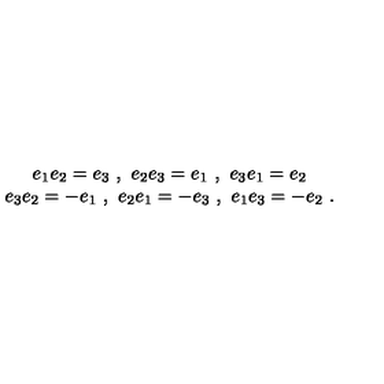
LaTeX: \begin{array} { c } { e _ { 1 } e _ { 2 } = e _ { 3 } \ , \ e _ { 2 } e _ { 3 } = e _ { 1 } \ , \ e _ { 3 } e _ { 1 } = e _ { 2 } } \\ { e _ { 3 } e _ { 2 } = - e _ { 1 } \ , \ e _ { 2 } e _ { 1 } = - e _ { 3 } \ , \ e _ { 1 } e _ { 3 } = - e _ { 2 } \ . } \\ \end{array}